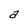
Character: a